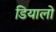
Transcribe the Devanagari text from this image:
डियालो